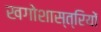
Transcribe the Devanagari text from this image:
खगोशास्त्रियों